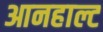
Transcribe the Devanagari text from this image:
आनहाल्ट